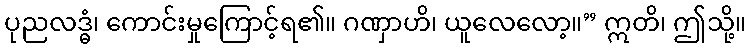
ပုညလဒ္ဓံ၊ ကောင်းမှုကြောင့်ရ၏။ ဂဏှာဟိ၊ ယူလေလော့။” ဣတိ၊ ဤသို့။